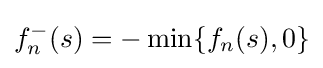
f_{n}^{-}(s)=-\min\{f_{n}(s),0\}